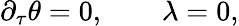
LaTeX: \partial_{\tau}\theta=0,\qquad\lambda=0,